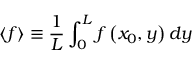
\left\langle f \right\rangle \equiv \frac { 1 } { L } \int _ { 0 } ^ { L } f \left( x _ { 0 } , y \right) d y